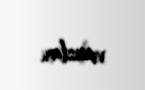
viruslar.